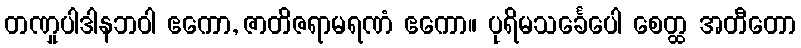
တဏှုပါဒါနဘဝါ ဧကော, ဇာတိဇရာမရဏံ ဧကော။ ပုရိမသင်္ခေပေါ စေတ္ထ အတီတော